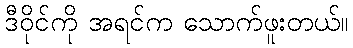
ဒီဝိုင်ကို အရင်က သောက်ဖူးတယ်။